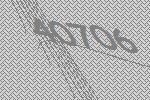
40706